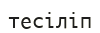
тесіліп